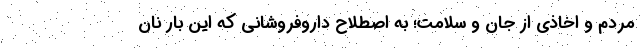
مردم و اخاذی از جان و سلامت‌؛ به اصطلاح داروفروشانی که این بار نان